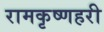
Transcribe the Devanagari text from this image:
रामकृष्णहरी